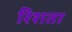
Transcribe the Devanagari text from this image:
रिशता